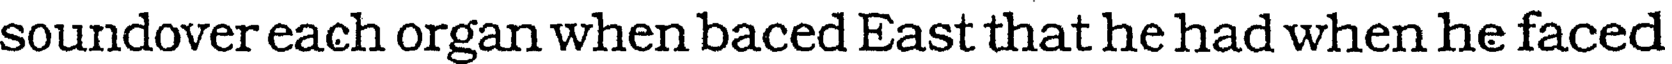
soundover each organ when baced East that he had when he faced